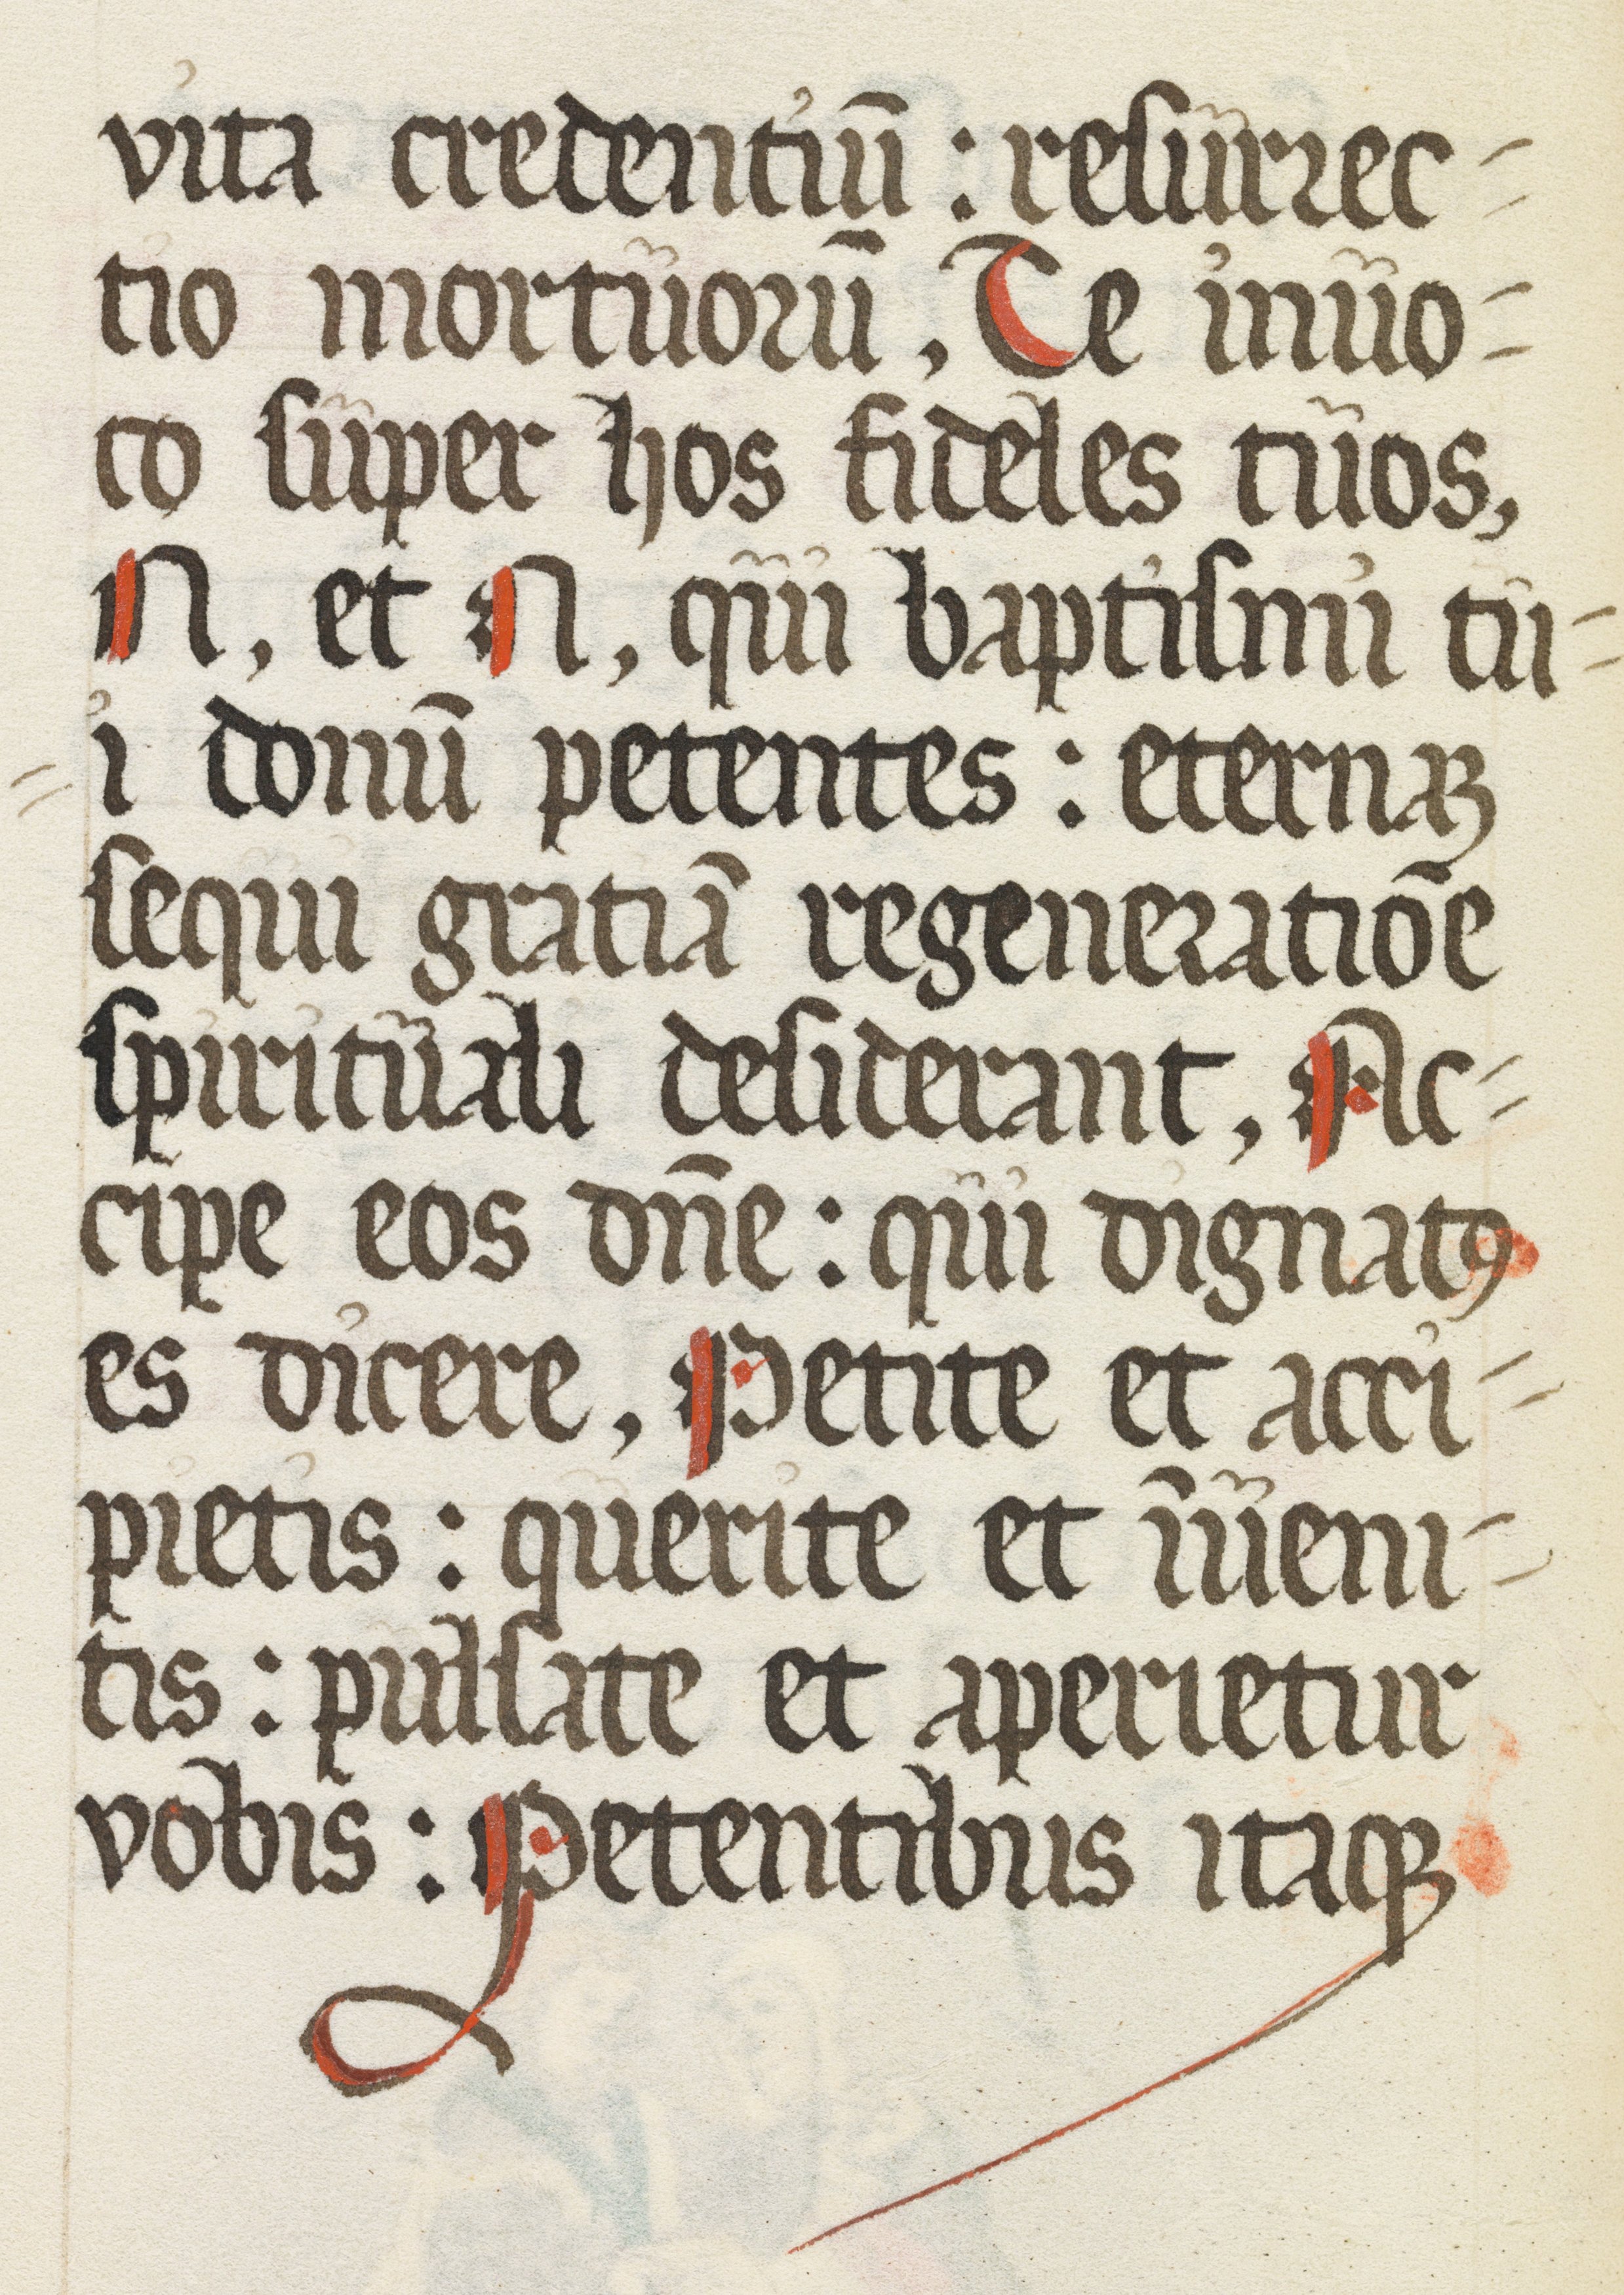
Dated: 1500–1599